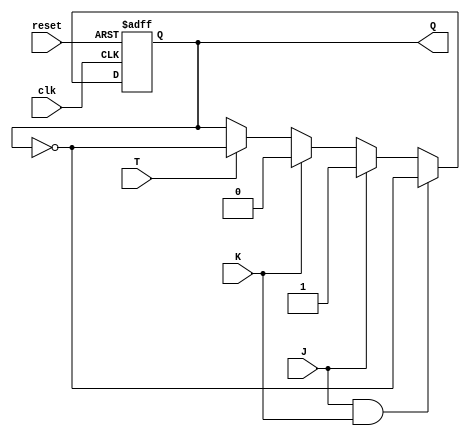
module TJKFlipFlop (
    input clk,
    input reset,
    input T,
    input J,
    input K,
    output reg Q
);

always @(posedge clk or posedge reset) begin
    if (reset) begin
        Q <= 0;
    end else if (J & K) begin
        Q <= ~Q;
    end else if (J) begin
        Q <= 1;
    end else if (K) begin
        Q <= 0;
    end else if (T) begin
       Q <= ~Q;
    end
end

endmodule